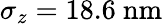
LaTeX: \sigma_{z}=18.6~\mathrm{{nm}}